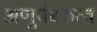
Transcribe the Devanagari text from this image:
अणुचंबकत्व